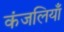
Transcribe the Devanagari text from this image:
कंजलियाँ